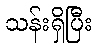
သန်းရှိပြီး